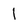
Character: 1